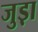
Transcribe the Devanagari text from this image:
जुड़़ा